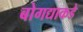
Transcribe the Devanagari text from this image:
बोगद्याकडे